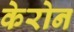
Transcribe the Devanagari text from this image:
केरोन